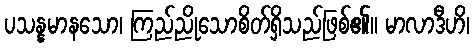
ပသန္နမာနသော၊ ကြည်ညိုသောစိတ်ရှိသည်ဖြစ်၏။ မာလာဒီဟိ၊